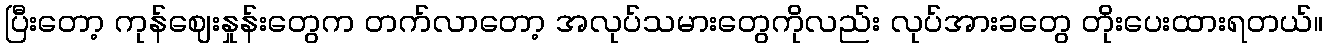
ပြီးတော့ ကုန်ဈေးနှုန်းတွေက တက်လာတော့ အလုပ်သမားတွေကိုလည်း လုပ်အားခတွေ တိုးပေးထားရတယ်။